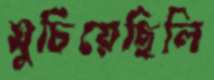
ঘুচিয়েছিলি